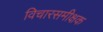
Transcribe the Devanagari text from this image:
विचारसमीक्षक